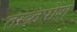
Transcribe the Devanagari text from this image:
तख़्तपोश